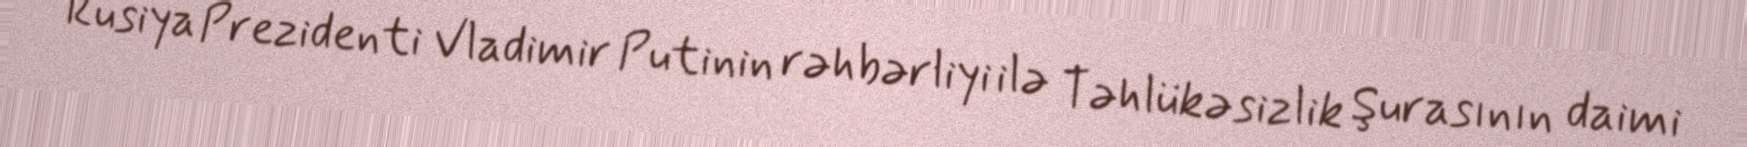
Rusiya Prezidenti Vladimir Putinin rəhbərliyi ilə Təhlükəsizlik Şurasının daimi